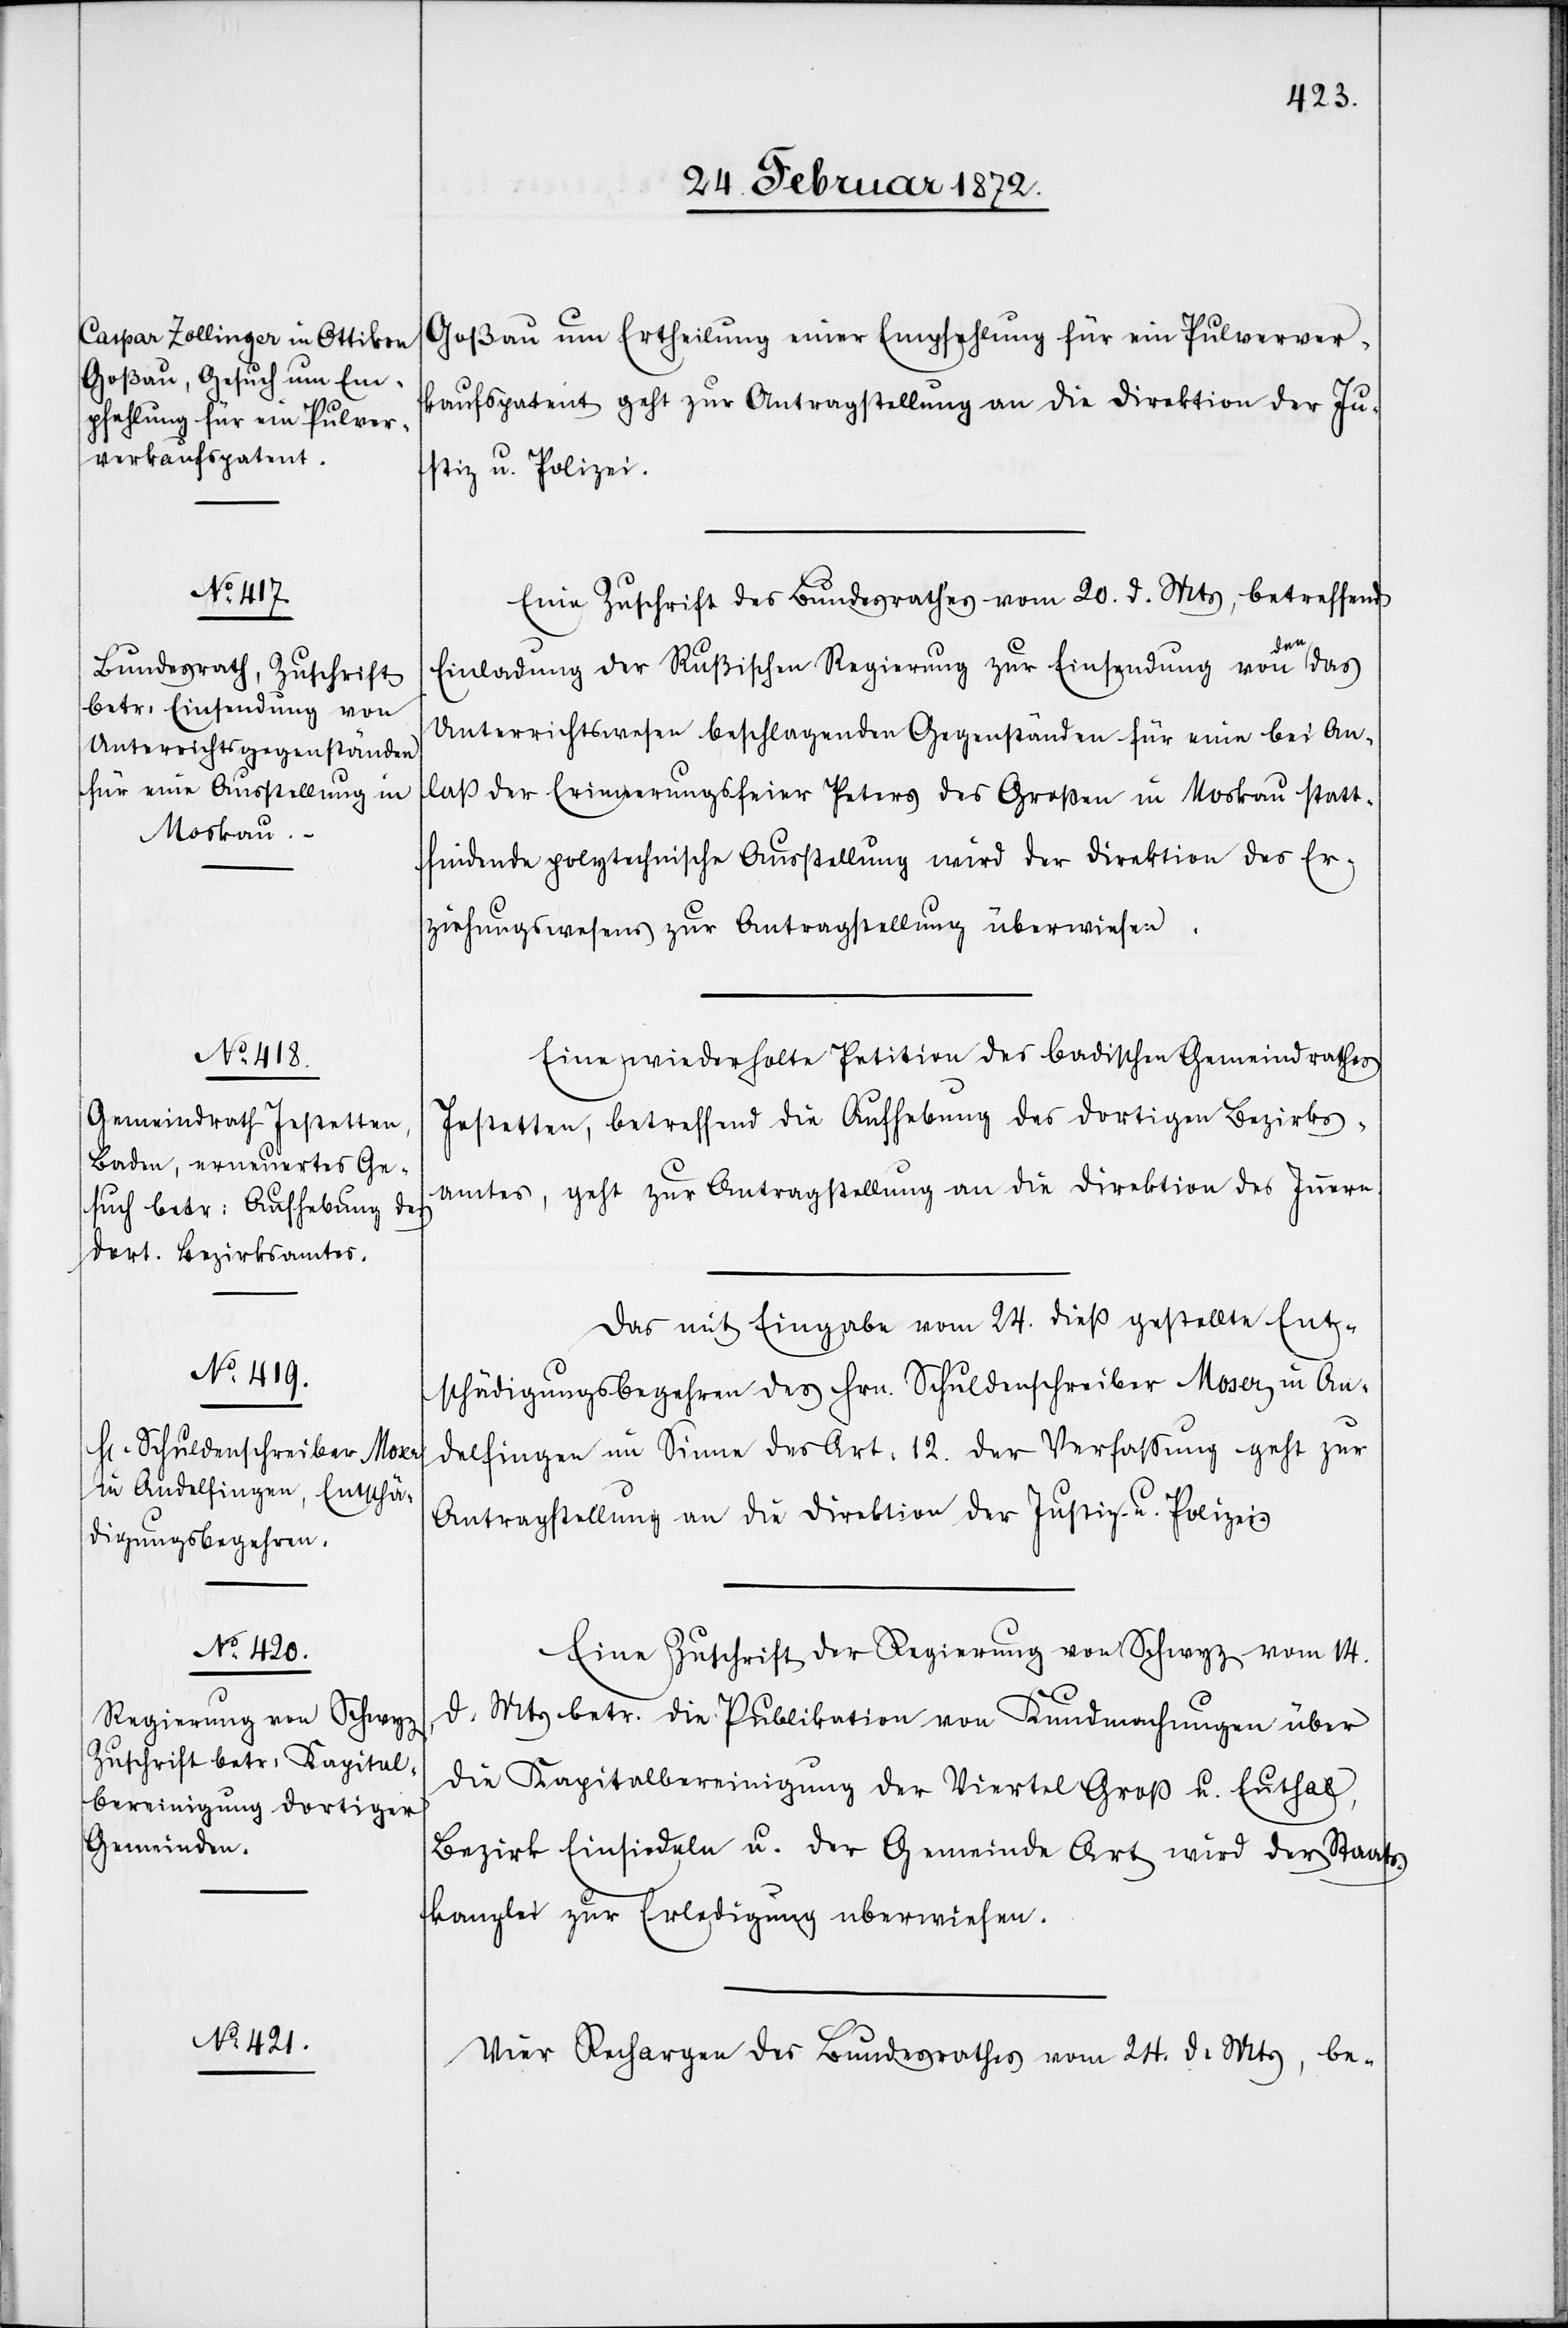
27. Februar 1872.]
Goßau um Ertheilung einer Empfehlung für ein Pulververk¬
aufspatent geht zur Antragstellung an die Direktion der Ju¬
stiz u. Polizei.
Eine Zuschrift des Bundesrathes vom 20. d. Mts, betreffend
Einladung der Rußischen Regierung zur Einsendung von den
Unterrichtswesen beschlagenden Gegenständen für eine bei An¬
laß der Erinnerungsfeier Peters des Großen in Moskau statt¬
findende polytechnische Ausstellung wird der Direktion des Er¬
ziehungswesens zur Antragstellung überwiesen.
Eine wiederholte Petition des badischen Gemeindrathes
Jestetten, betreffend die Aufhebung des dortigen Bezirks¬
amtes, geht zur Antragstellung an die Direktion des Innern.
Das mit Eingabe vom 24. dieß gestellte Ent¬
schädigungsbegehren des Hrn. Schuldenschreiber Moser in An¬
delfingen im Sinne des Art. 12. der Verfassung geht zur
Antragstellung an die Direktion der Justiz- u. Polizei.
Eine Zuschrift der Regierung von Schwyz vom 14.
d. Mts betr. die Publikation von Kundmachungen über
die Kapitalbereinigung der Viertel Groß u. Euthal,
Bezirk Einsiedeln u. der Gemeinde Art wird der Staats¬
kanzlei zur Erledigung [ü]berwiesen.
Vier Rechargen des Bundesrathes vom 23. d. Mts, be-